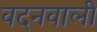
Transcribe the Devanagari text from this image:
वदनवाली